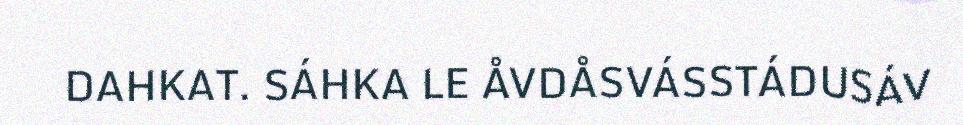
DAHKAT. SÁHKA LE ÅVDÅSVÁSSTÁDUSÁV